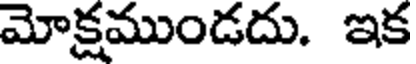
మోక్షముండదు. ఇక